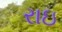
રાઇ